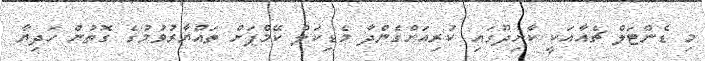
މި ޑެންޓަލް ޗެއާއަކީ ކާށިދޫގައި ކުރިއަށްގެންދާ މެޑިކަލް ކޭމްޕަށް ތައްޔާރުވުމުގެ ގޮތުން ހަދިޔާ